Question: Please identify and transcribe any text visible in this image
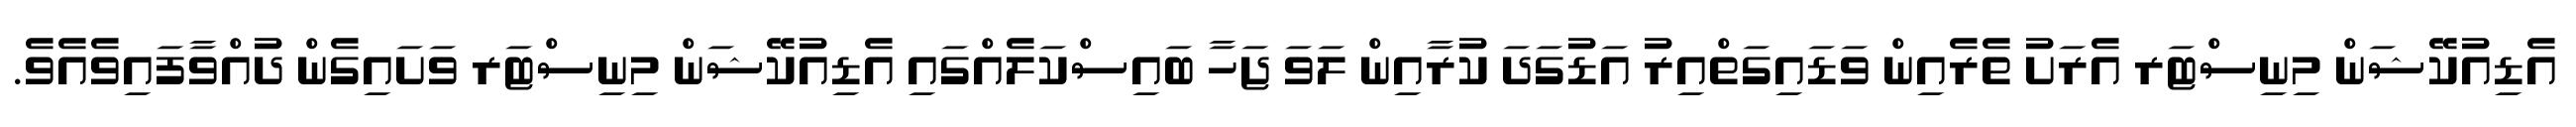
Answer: އެޑިއުކޭޝަން މިނިސްޓަރ އެރަށު ތެރެއިން ވަޑައިގަތްއިރު އަޑުގަދަ ކުރާއިން ލަވަ ޖަހާ ބައިސްކަލެއްގައި އެޑިއުކޭޝަން މިނިސްޓަރ ވަށައިގެން ދުއްވާފައިވެއެވެ.